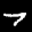
Label: 7